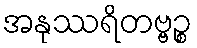
အနုဿရိတဗ္ဗဉ္စ